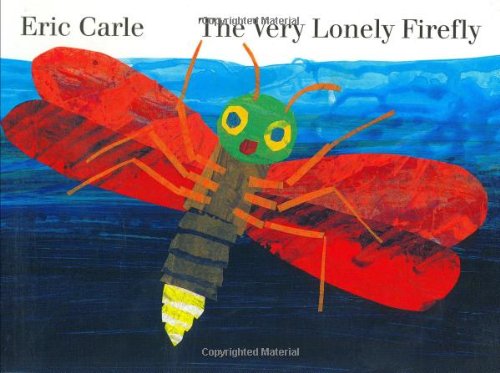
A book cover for The Very Lonely Firefly board book; Eric Carle; Children's Books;